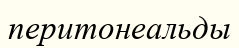
перитонеальды